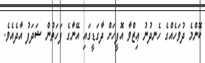
ކޮންމެ ދުވަހެއްގެ ހެނދުނު ޢިޒްވާ އޮފީހަށް ދާގަޑީގައި އޭނާގެ ފަހަތުން ޝަދަފު އާދެއެވެ.